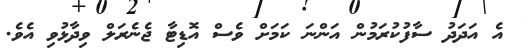
އެ އަދަދު ސާފުކުރަމުން އަންނަ ކަމަށް ވެސް އޮޑިޓާ ޖެނެރަލް ވިދާޅުވި އެވެ.